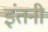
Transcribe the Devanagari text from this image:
इंतनी